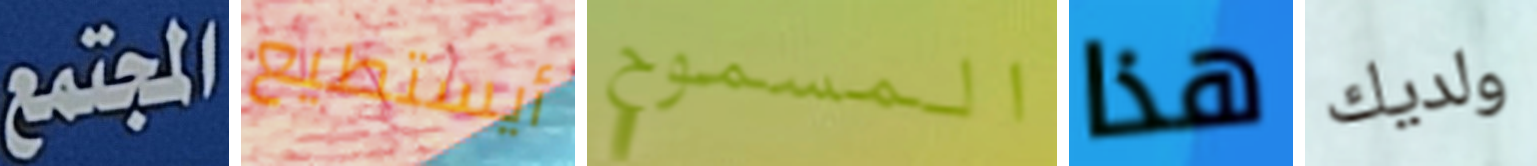
المجتمع أيستطيع المسموح هذا ولديك